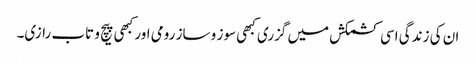
ان کی زندگی اسی کشمکش میں گزری کبھی سوز و ساز رومی اور کبھی پیچ و تاب رازی۔